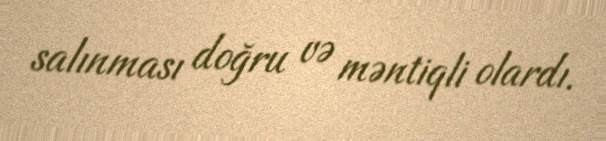
salınması doğru və məntiqli olardı.